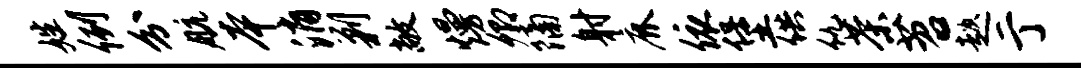
姓例分航本消剿敞熳卿隔射鹿依堡供仇茶苕趑亍